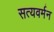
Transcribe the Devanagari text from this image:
सत्यवर्मन